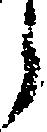
郎